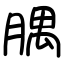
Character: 腢